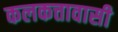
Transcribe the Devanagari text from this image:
कलकत्तावासी